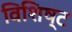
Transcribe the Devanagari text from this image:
विशिष्ट